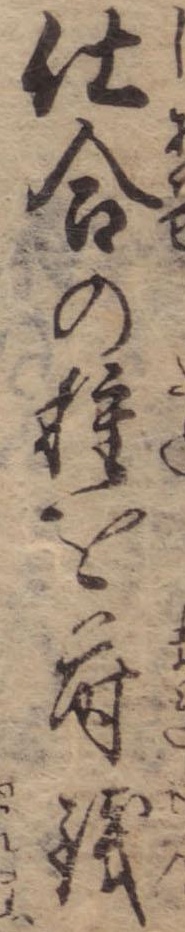
仕合の種を蒔銭